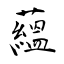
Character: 蘊